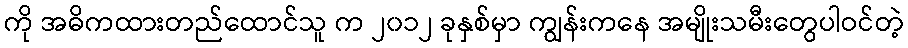
ကို အဓိကထားတည်ထောင်သူ က ၂၀၁၂ ခုနှစ်မှာ ကျွန်းကနေ အမျိုးသမီးတွေပါဝင်တဲ့